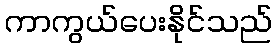
ကာကွယ်ပေးနိုင်သည်